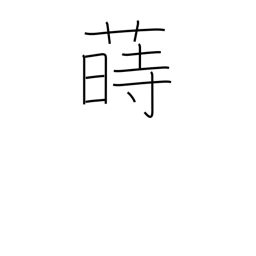
Meaning: sow (seeds)